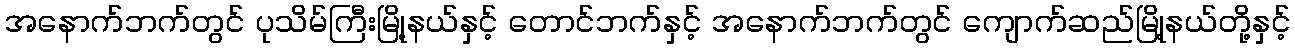
အနောက်ဘက်တွင် ပုသိမ်ကြီးမြို့နယ်နှင့် တောင်ဘက်နှင့် အနောက်ဘက်တွင် ကျောက်ဆည်မြို့နယ်တို့နှင့်